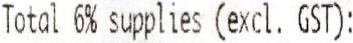
TOTAL 6% SUPPLIES (EXCL. GST):